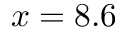
x = 8 . 6